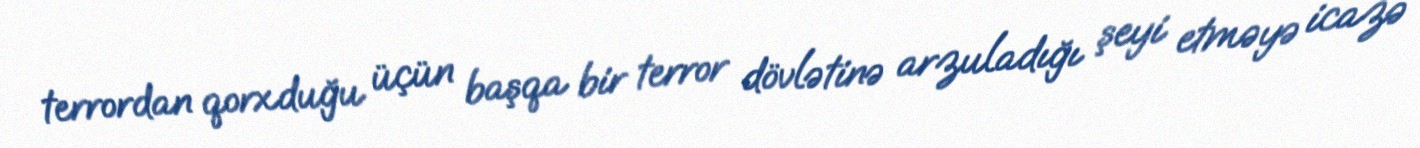
terrordan qorxduğu üçün başqa bir terror dövlətinə arzuladığı şeyi etməyə icazə